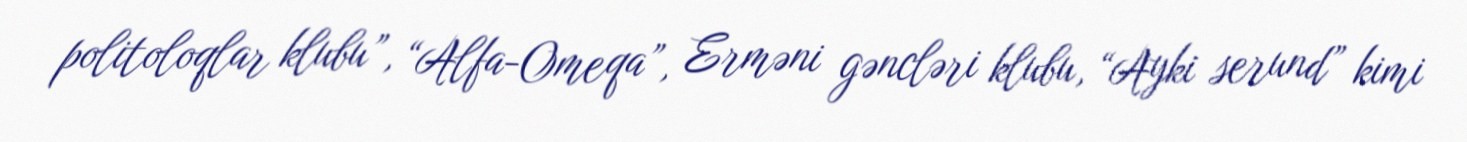
politoloqlar klubu”, “Alfa-Omeqa”, Erməni gəncləri klubu, “Ayki serund” kimi